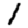
Digit: 1